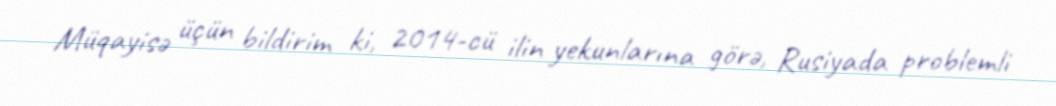
Müqayisə üçün bildirim ki, 2014-cü ilin yekunlarına görə, Rusiyada problemli